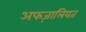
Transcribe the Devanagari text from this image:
अफज़ालियत